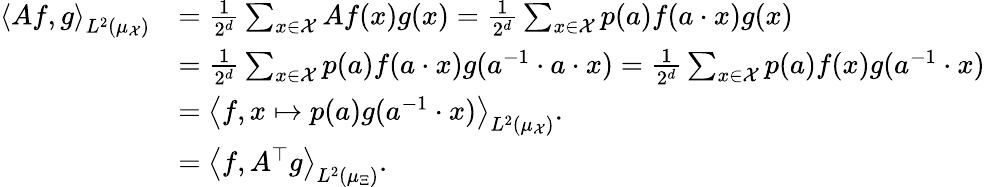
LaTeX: \begin{array}{rl}{\left\langle Af,g\right\rangle_{L^{2}(\mu_{\mathcal{X}})}}&{=\frac{1}{2^{d}}\sum_{x\in\mathcal{X}}Af(x)g(x)=\frac{1}{2^{d}}\sum_{x\in\mathcal{X}}p(a)f(a\cdot x)g(x)}\\ &{=\frac{1}{2^{d}}\sum_{x\in\mathcal{X}}p(a)f(a\cdot x)g(a^{-1}\cdot a\cdot x)=\frac{1}{2^{d}}\sum_{x\in\mathcal{X}}p(a)f(x)g(a^{-1}\cdot x)}\\ &{=\left\langle f,x\mapsto p(a)g(a^{-1}\cdot x)\right\rangle_{L^{2}(\mu_{\mathcal{X}})}.}\\ &{=\left\langle f,A^{\top}g\right\rangle_{L^{2}(\mu_{\Xi})}.}\end{array}